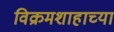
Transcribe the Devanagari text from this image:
विक्रमशाहाच्या